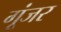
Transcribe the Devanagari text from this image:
गूंजर